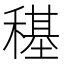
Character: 𮃤